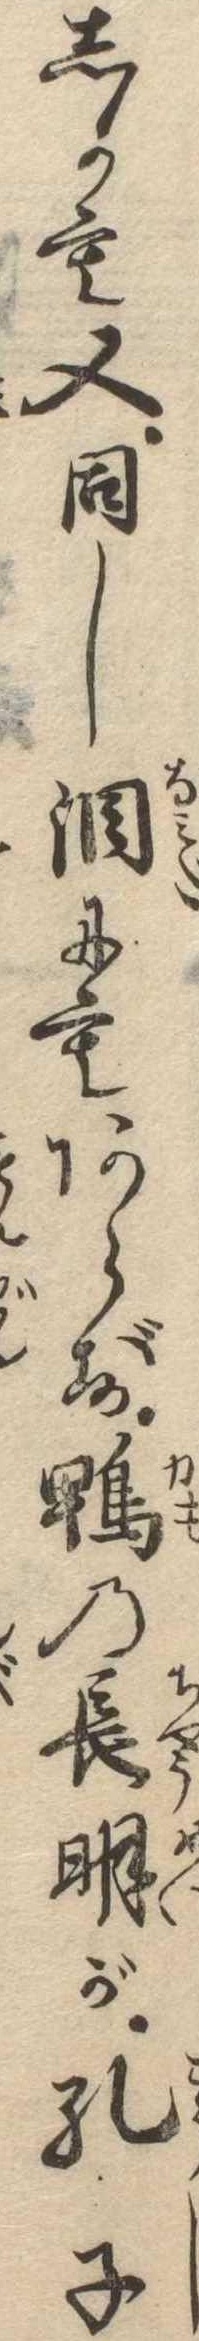
しかも又同し涙にもあらず鴨の長明が孔子